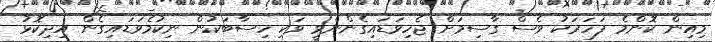
މިއިން ކޮންމެ ފަހަރަކު ވެސް ގާސިމަށް ޖެހިވަޑައިގެންނެވީ ވަކި ހިސާބަކުން ނިކުމެވަޑައިގެން އިދިކޮޅު